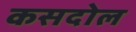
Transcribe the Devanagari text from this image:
कसदोल